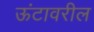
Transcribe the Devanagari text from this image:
ऊंटावरील